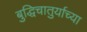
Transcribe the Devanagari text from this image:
बुद्धिचातुर्याच्या